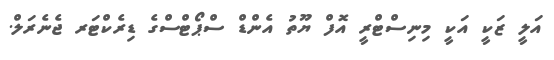
އަލީ ޒަކީ އަކީ މިނިސްޓްރީ އޮފް ޔޫތު އެންޑް ސްޕޯޓްސްގެ ޑިރެކްޓަރ ޖެނެރަލް.